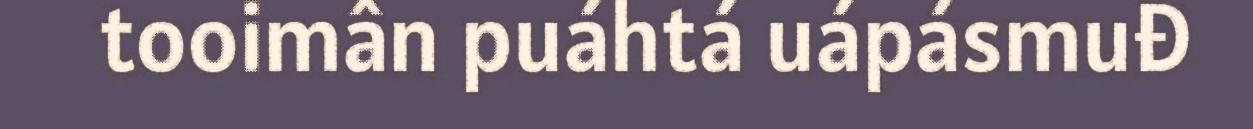
tooimân puáhtá uápásmuđ